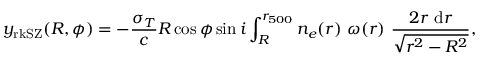
y _ { \mathrm { r k S Z } } ( R , \phi ) = - \frac { \sigma _ { T } } { c } R \cos \phi \sin i \int _ { R } ^ { r _ { 5 0 0 } } n _ { e } ( r ) ~ \omega ( r ) ~ \frac { 2 r ~ \mathrm { d } r } { \sqrt { r ^ { 2 } - R ^ { 2 } } } ,